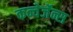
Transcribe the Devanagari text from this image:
कन्वेर्जेन्स